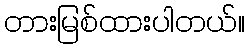
တားမြစ်ထားပါတယ်။